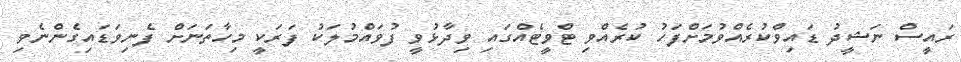
ރައީސް ނަޝީދު ޑައިވްކުރެއްވުމަށްފަހު ކުރެއްވި ޓްވީޓެއްގައި ވިދާޅުވީ ފުވައްމުލަކު ފަރަކީ މިހާތަނަށް ފެނިވަޑައިގެންނެވި